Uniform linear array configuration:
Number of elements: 4
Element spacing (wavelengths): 0.25
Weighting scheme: kaiser
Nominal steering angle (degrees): -15
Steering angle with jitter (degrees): -16.827
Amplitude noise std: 0.05
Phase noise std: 0.05

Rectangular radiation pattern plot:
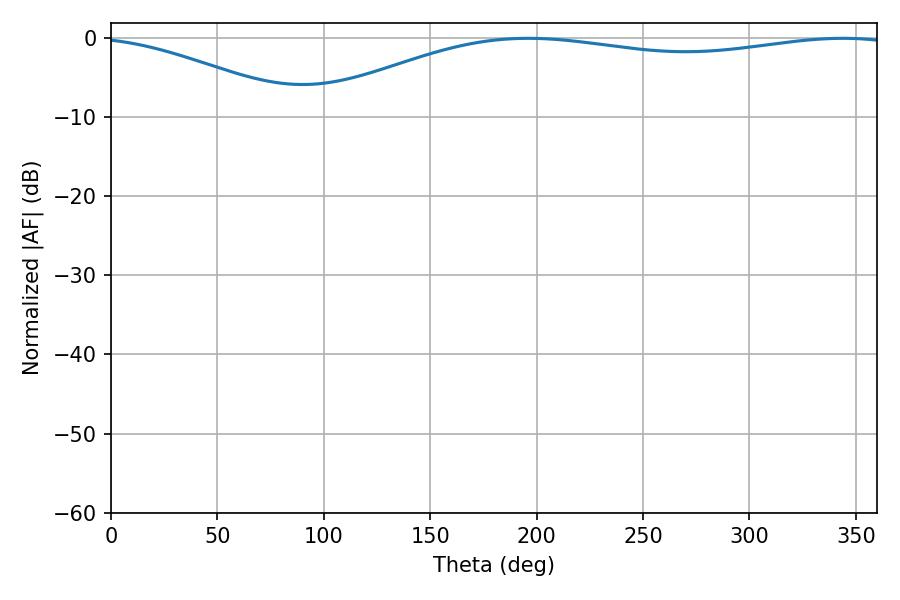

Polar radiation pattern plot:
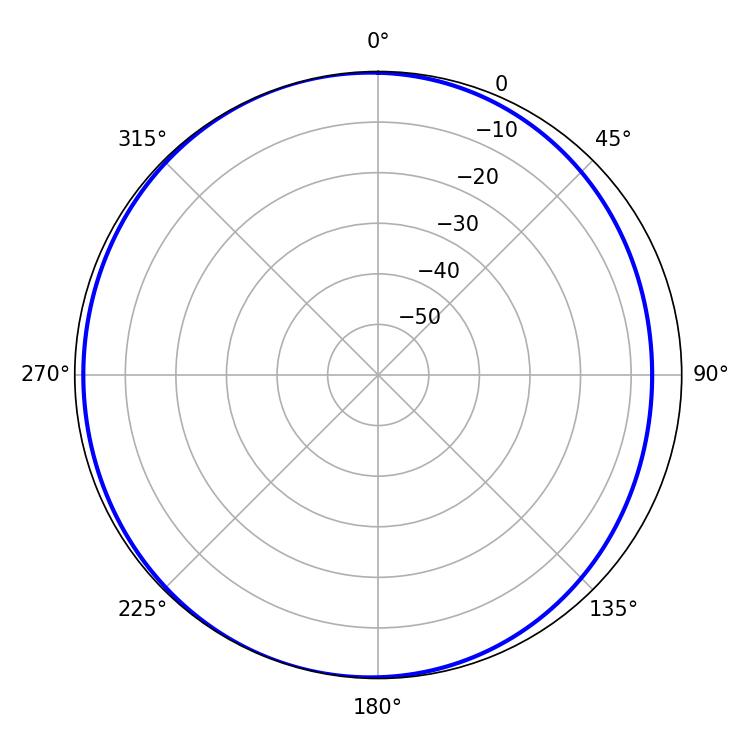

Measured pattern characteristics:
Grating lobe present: FALSE
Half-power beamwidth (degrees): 222.48
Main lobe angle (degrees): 196.02